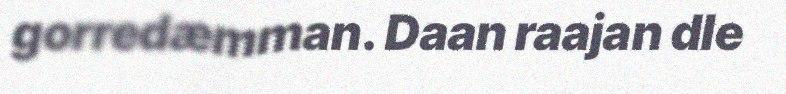
gorredæmman. Daan raajan dle